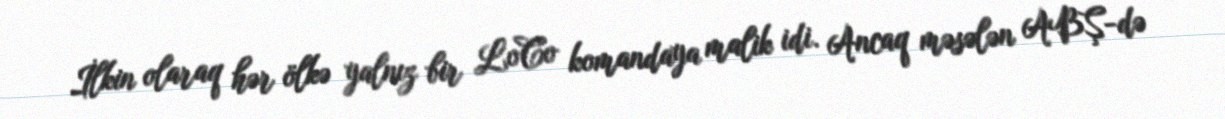
İlkin olaraq hər ölkə yalnız bir LoCo komandaya malik idi. Ancaq məsələn ABŞ-də